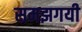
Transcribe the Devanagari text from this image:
समझगयी